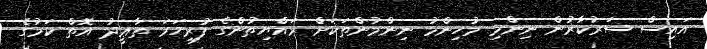
އައިސް ސަރުކާރުން ނިންމި މުހިންމު ނިންމުންތަކަށް ރައްޔިތުންގެ ފުރިހަމަ ތާޢީދު އޮތް ކަމުގެ